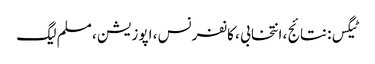
ٹیگس: نتائج ، انتخابی ، کانفرنس ، اپوزیشن ، مسلم لیگ